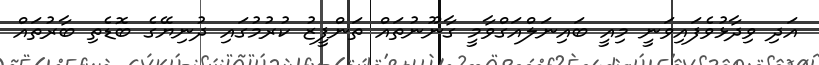
އަދި ވިދާޅުވެފައިވަނީ މިއީ ބައިނަލްއަގްވާމީ ގާނޫނުތައް ތަންފީޒު ކުރުމުގައި ދުނިޔޭގެ ބޮޑެތި ބާރުތައް